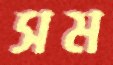
সম